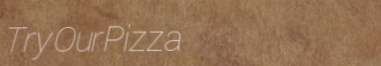
TryOurPizza